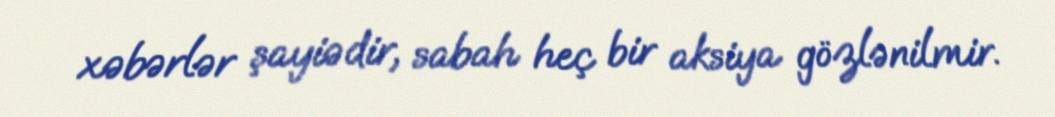
xəbərlər şayiədir, sabah heç bir aksiya gözlənilmir.